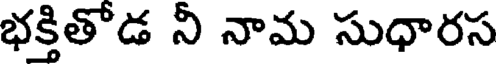
భక్తితోడ నీ నామ సుధారస